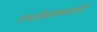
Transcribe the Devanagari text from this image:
गभर्धमात्वमजासि